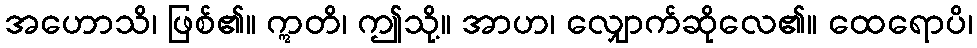
အဟောသိ၊ ဖြစ်၏။ ဣတိ၊ ဤသို့။ အာဟ၊ လျှောက်ဆိုလေ၏။ ထေရောပိ၊